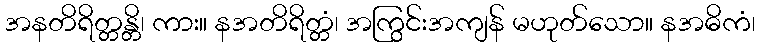
အနတိရိတ္တန္တိ၊ ကား။ နအတိရိတ္တံ၊ အကြွင်းအကျန် မဟုတ်သော။ နအဓိကံ၊